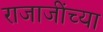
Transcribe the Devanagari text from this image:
राजाजींच्या